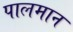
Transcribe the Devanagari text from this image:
पालमान